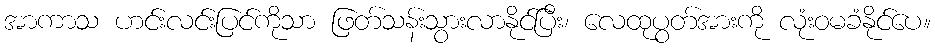
အာကာသ ဟင်းလင်းပြင်ကိုသာ ဖြတ်သန်းသွားလာနိုင်ပြီး၊ လေထုပွတ်အားကို လုံးဝမခံနိုင်ပေ။